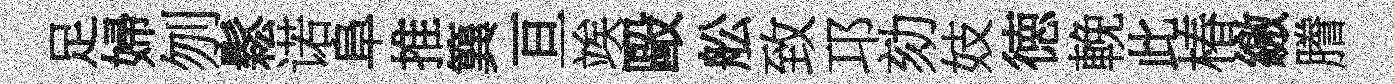
足婦刎鬆诺阜推簨亘竢毆舩致邛劾妓徳輓此椿繳謄